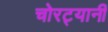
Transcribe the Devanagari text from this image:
चोरट्यानी